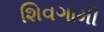
શિવગામી